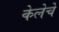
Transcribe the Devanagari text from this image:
केलेचे